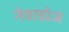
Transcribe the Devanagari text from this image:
नेवाडोज